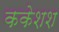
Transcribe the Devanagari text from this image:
ककेशश